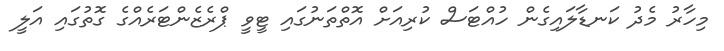
މިހާރު މެދު ކަނޑާލައިގެން ހުއްޓަސް ކުރިއަށް އޮތްތަނުގައި ޓީވީ ޕްރެޒެންޓަރެއްގެ ގޮތުގައި އަލީ